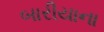
બારીયાના